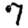
Digit: 7